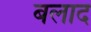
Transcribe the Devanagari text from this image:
बलाद